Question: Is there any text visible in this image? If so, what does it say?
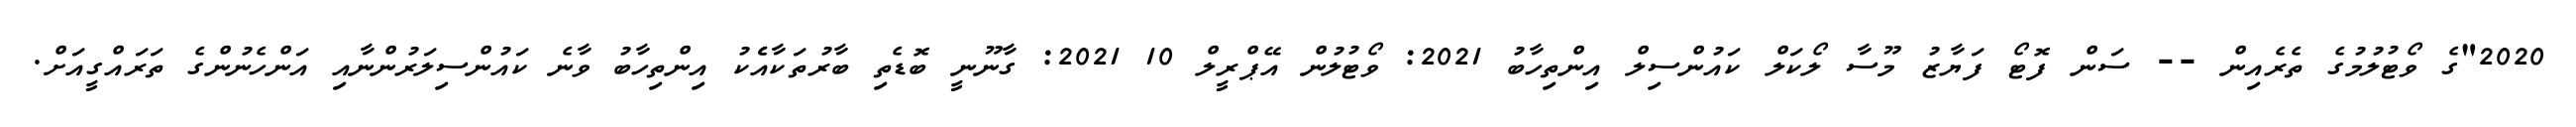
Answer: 2020"ގެ ވޯޓުލުމުގެ ތެރެއިން -- ސަން ފޮޓޯ ފަޔާޒު މޫސާ ލޯކަލް ކައުންސިލް އިންތިހާބު 2021: ވޯޓުލުން އޭޕްރީލް 10 2021: ގާނޫނީ ބޮޑެތި ބާރުތަކާއެެކު އިންތިހާބު ވާނެ ކައުންސިލަރުންނާއި އަންހެނުންގެ ތަރައްގީއަށް.